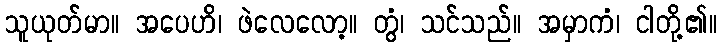
သူယုတ်မာ။ အပေဟိ၊ ဖဲလေလော့။ တွံ၊ သင်သည်။ အမှာကံ၊ ငါတို့၏။